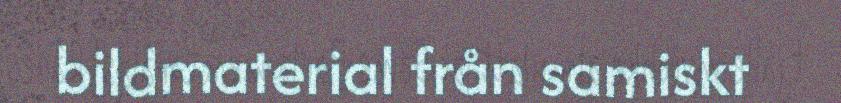
bildmaterial från samiskt